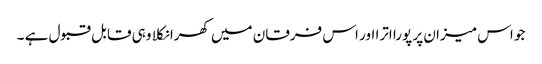
جو اس میزان پر پورا اترا اور اس فرقان میں کھرا نکلا وہی قابل قبول ہے ۔